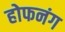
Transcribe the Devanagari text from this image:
होफनंग